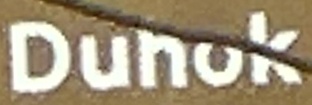
Duhok